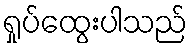
ရှုပ်ထွေးပါသည်